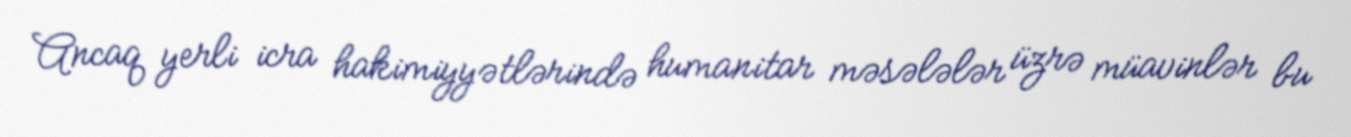
Ancaq yerli icra hakimiyyətlərində humanitar məsələlər üzrə müavinlər bu